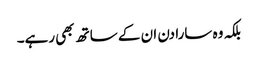
بلکہ وہ سارا دن ان کے ساتھ بھی رہے۔